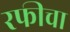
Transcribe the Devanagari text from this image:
रफीचा